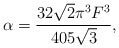
\begin{align*}\alpha= \frac{32\sqrt{2}\pi^{3}F^{3}}{405 \sqrt{3}},\end{align*}